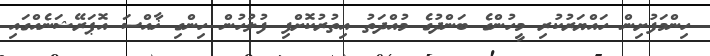
ހިންމަފުށިން ހައްޔަރުކުރި މީހުންގެ ބަންދުގެ މުއްދަތު އިތުރުކޮށްފި ފުލުހުން ހިންގި ޚާއްސަ އޮޕަރޭޝަނެއްގައި